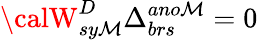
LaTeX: {\calW}_{sy\mathcal{M}}^{D}\Delta_{brs}^{ano\mathcal{M}}=0